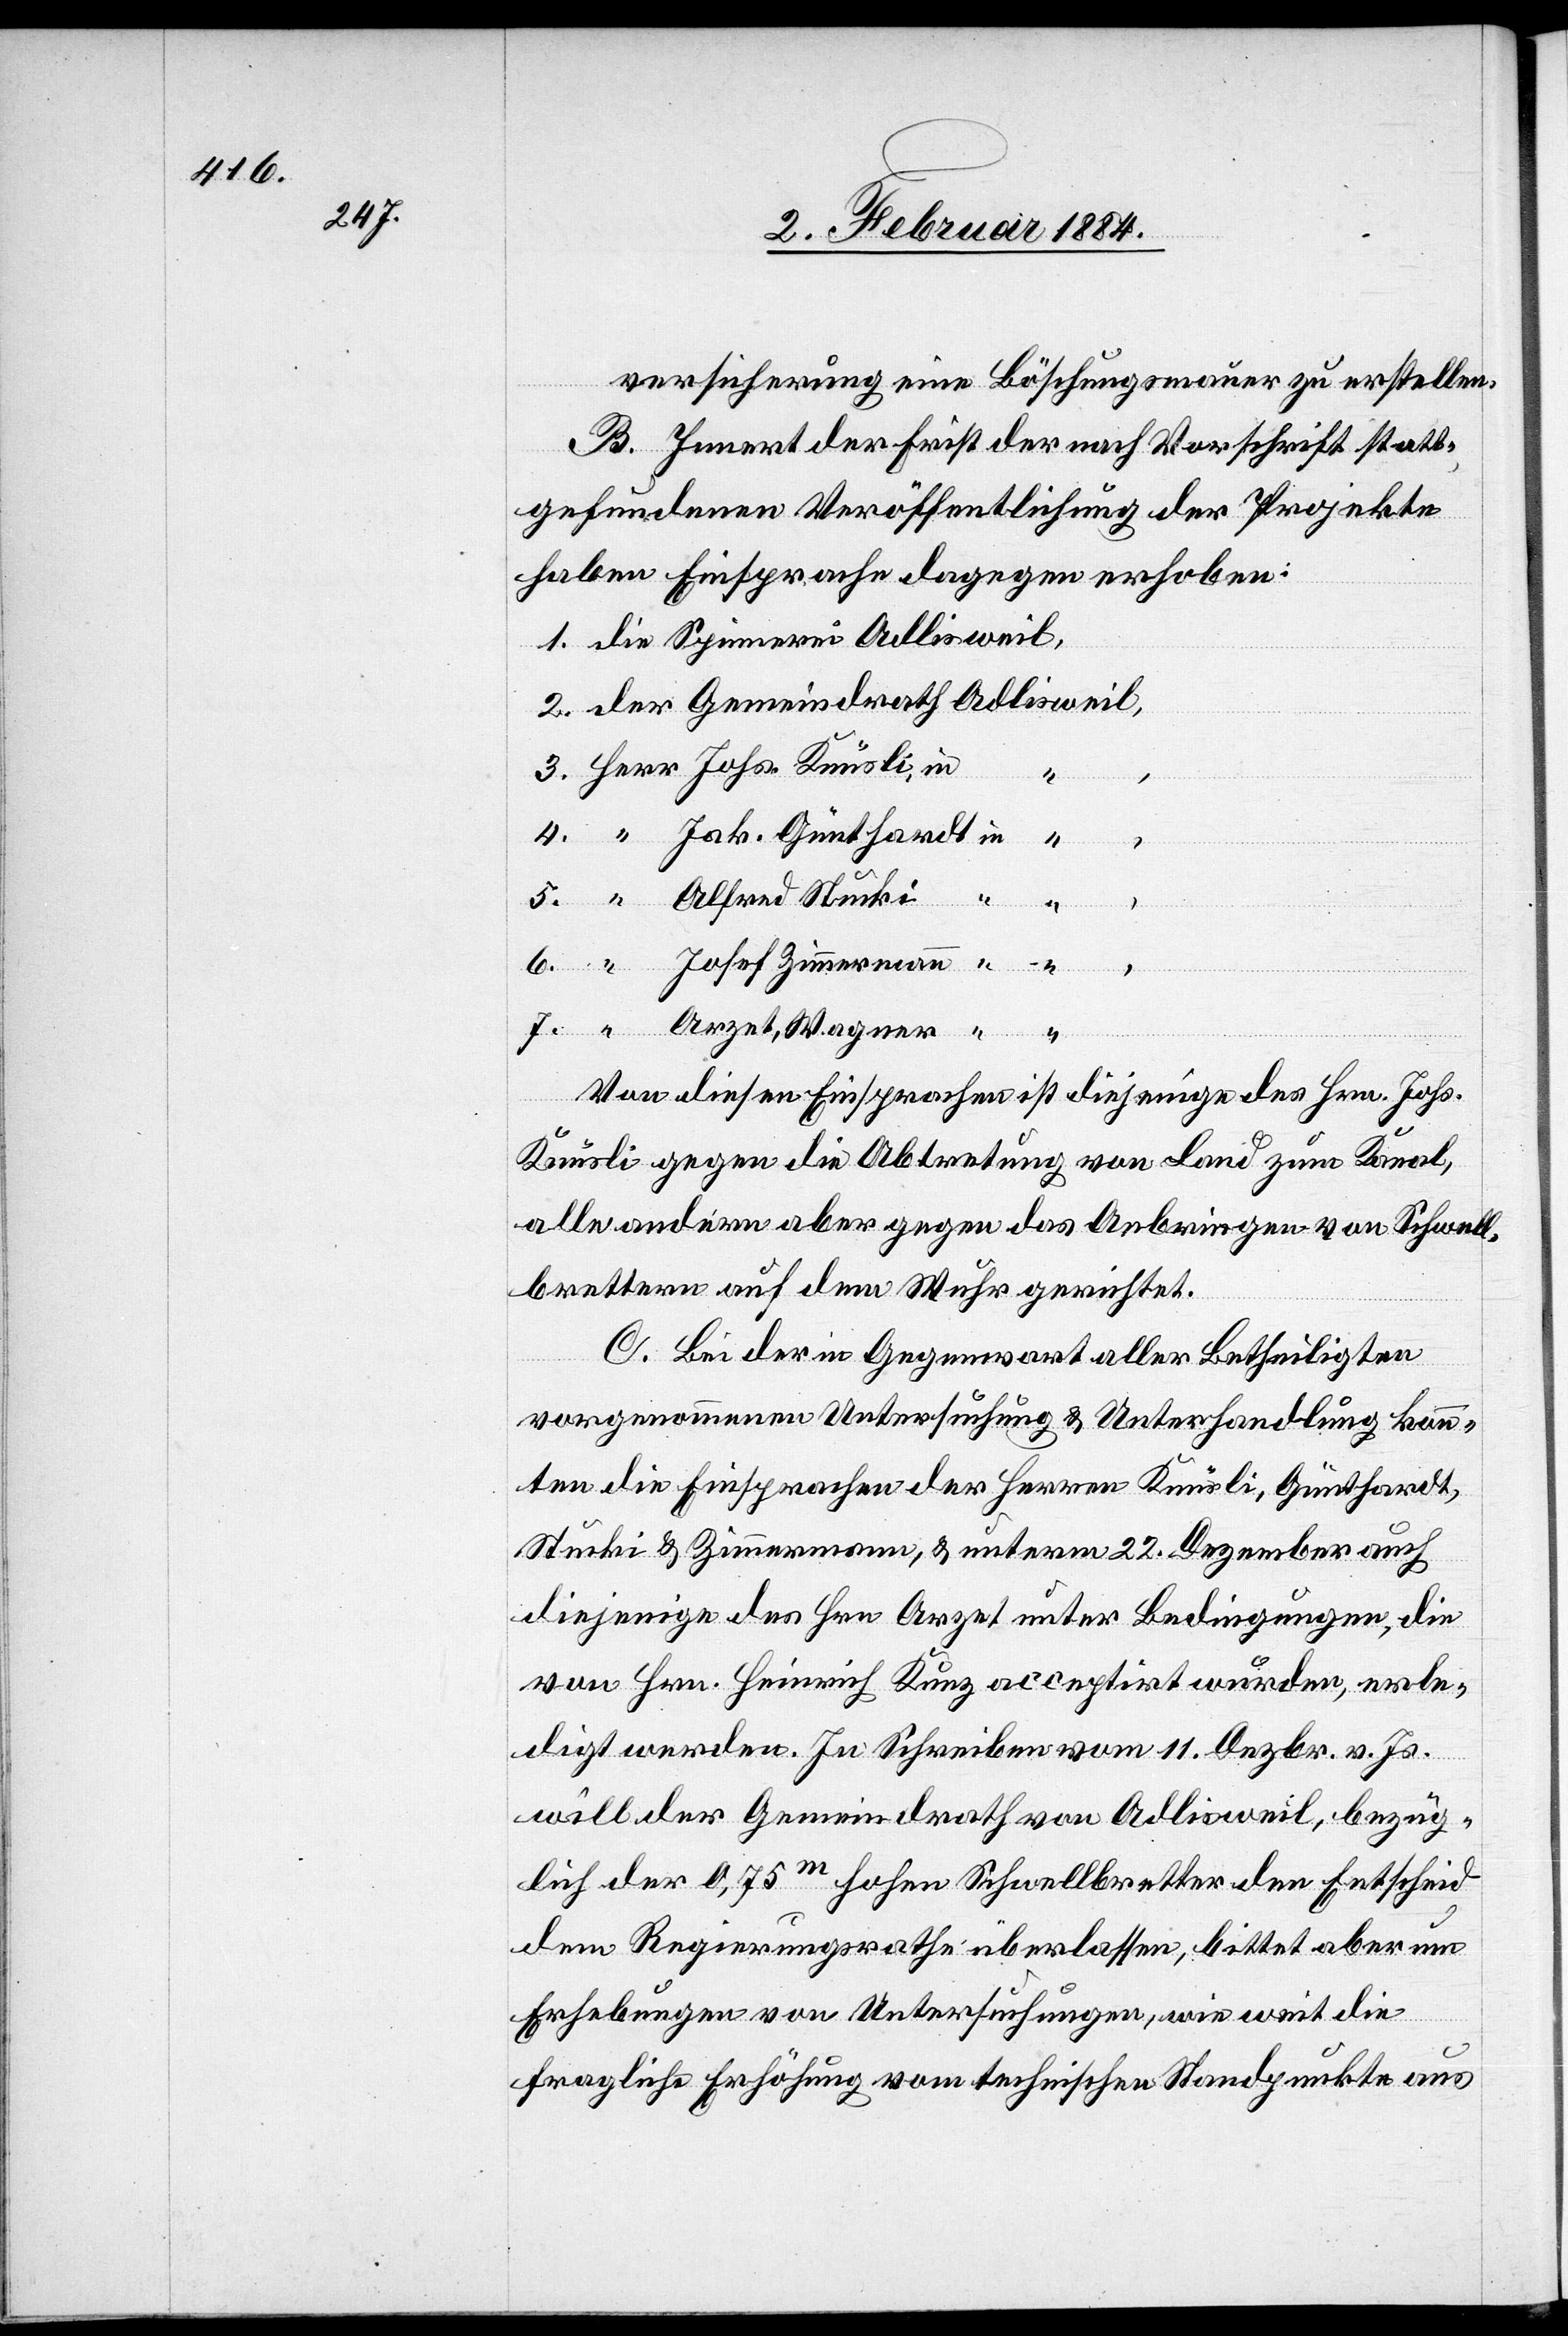
versicherung eine Böschungsmauer zu erstellen.
B. Innert der Frist der nach Vorschrift statt¬
gefundenen Veröffentlichung der Projekte
haben Einsprachen dagegen erhoben:
4.
Arzet-Wagner
Von diesen Einsprachen ist diejenige des Hrn. Johs.
Knusli gegen die Abtretung von Land zum Kanal,
alle andern aber gegen das Anbringen von Schwell¬
brettern auf dem Wuhr gerichtet.
C. Bei der in Gegenwart aller Betheiligten
vorgenommenen Untersuchung & Unterhandlung konn¬
ten die Einsprachen der Herren Knusli, Günthardt,
Stucki & Zimmermann, & unterm 22. Dezember auch
diejenige des Hrn. Arzet unter Bedingungen, die
von Hrn. Heinrich Kunz accepirt wurden, erle¬
digt werden. In Schreiben vom 11 Dezbr. v. Js.
in
will der Gemeindrath von Adlisweil, bezüg¬
lich der 0,75m hohen Schwellbretter den Entscheid
dem Regierungsrathe überlassen, bittet aber um
Erhebungen von Untersuchungen, wie weit die
Herr
fragliche Erhöhung vom technischen Standpunkte aus